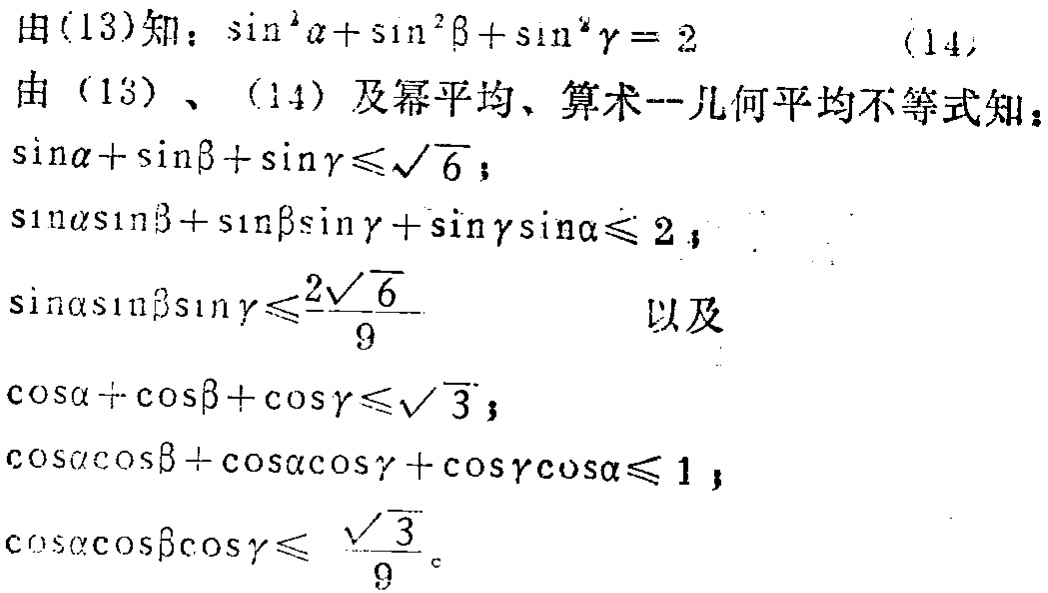
由(13)知：\(\sin^{2}\alpha+\sin^{2}\beta+\sin^{2}\gamma = 2\)  (14)
由（13）、（14）及幂平均、算术 - 几何平均不等式知：
\(\sin\alpha+\sin\beta+\sin\gamma\leqslant\sqrt{6}\)；
\(\sin\alpha\sin\beta+\sin\beta\sin\gamma+\sin\gamma\sin\alpha\leqslant 2\)；
\(\sin\alpha\sin\beta\sin\gamma\leqslant\frac{2\sqrt{6}}{9}\) 以及
\(\cos\alpha+\cos\beta+\cos\gamma\leqslant\sqrt{3}\)；
\(\cos\alpha\cos\beta+\cos\alpha\cos\gamma+\cos\gamma\cos\alpha\leqslant 1\)；
\(\cos\alpha\cos\beta\cos\gamma\leqslant \frac{\sqrt{3}}{9}\)。